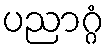
ပညာဂ္ဂံ